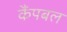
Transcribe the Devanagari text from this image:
कैंपबल